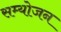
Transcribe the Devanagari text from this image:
सम्योजन